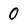
Character: 0